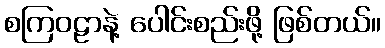
စကြဝဠာနဲ့ ပေါင်းစည်းဖို့ ဖြစ်တယ်။